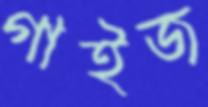
গাইজ